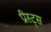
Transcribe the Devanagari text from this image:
प्रीस्ट्स